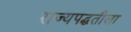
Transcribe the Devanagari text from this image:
राज्यपद्धतीला